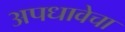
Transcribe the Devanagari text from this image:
अपधावेचा